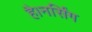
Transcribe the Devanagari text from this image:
है।नर्सिंग